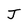
Character: J